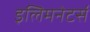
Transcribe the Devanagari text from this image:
इलिमनेटर्स